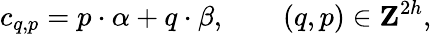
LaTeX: c_{q,p}={p}\cdot{\alpha}+{q}\cdot{\beta},\qquad(q,p)\in{\mathbf Z}^{2h},